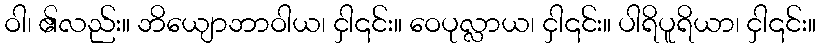
ဝါ၊ ၏လည်း။ ဘိယျောဘာဝါယ၊ ငှါ၎င်း။ ဝေပုလ္လာယ၊ ငှါ၎င်း။ ပါရိပူရိယာ၊ ငှါ၎င်း။